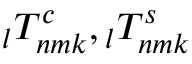
\phantom { } _ { l } T _ { n m k } ^ { c } , \phantom { } _ { l } T _ { n m k } ^ { s }